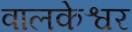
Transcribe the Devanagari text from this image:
वालकेश्वर